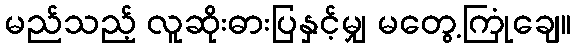
မည်သည့် လူဆိုးဓားပြနှင့်မျှ မတွေ့ကြုံချေ။